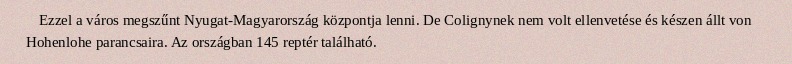
Ezzel a város megszűnt Nyugat-Magyarország központja lenni. De Colignynek nem volt ellenvetése és készen állt von Hohenlohe parancsaira. Az országban 145 reptér található.